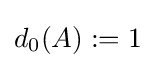
d_{0}(A):=1